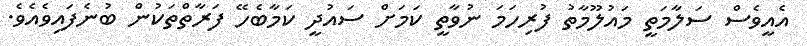
އެއީވެސް ސަލާމަތީ މައުލޫމާތު ފުރިހަމަ ނުވާތީ ކަމަށް ސައުދީ ކަމާބެހޭ ފަރާތްތަކުން ބުނެފައިވެއެވެ.